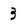
Character: 3